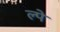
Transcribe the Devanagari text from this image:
ल्पे